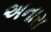
અનારા